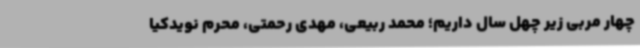
چهار مربی زیر چهل سال داریم؛ محمد ربیعی، مهدی رحمتی، محرم نویدکیا